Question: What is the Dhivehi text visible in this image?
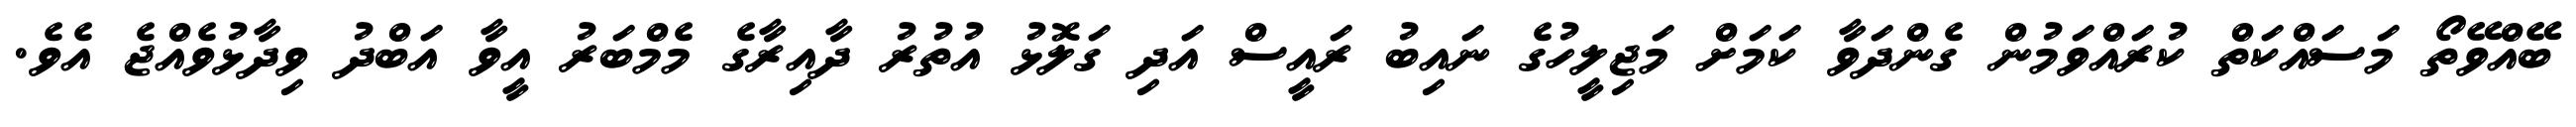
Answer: ބޭއްވޭތޯ މަސައްކަތް ކުރައްވަމުން ގެންދަވާ ކަމަށް މަޖިލީހުގެ ނައިބު ރައީސް އަދި ގަލޮޅު އުތުރު ދާއިރާގެ މެމްބަރު އީވާ އަބްދު ވިދާޅުވެއްޖެ އެވެ.